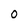
Character: 0